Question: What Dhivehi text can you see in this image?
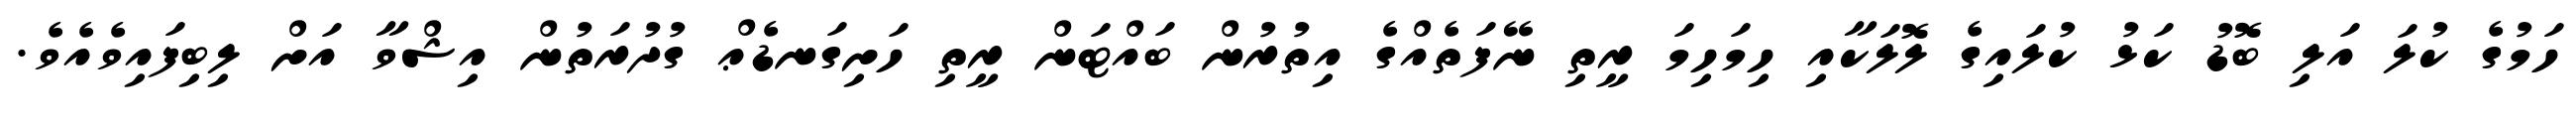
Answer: ހަމުގެ ކުލަ އަލި ބޮޑު ކަޅު ކުލައިގެ ލޮލަކާއި ހިމަހިމަ ރީތި ނޭފަތެއްގެ އިތުރުން ބައްޓަން ރީތި ހަށިގަނޑެޢް ގުދުރަތުން އިޝްވާ އަށް ލިބިފައިވެއެވެ.